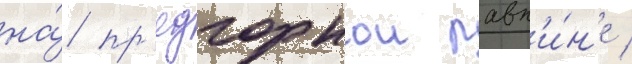
на́ пр'едгорнои равн'и́н'е /